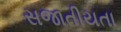
સજાતીયતા